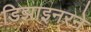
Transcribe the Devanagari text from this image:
डिझाइनरने